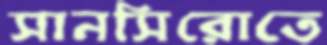
সানসিরোতে